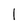
Character: 1